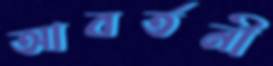
আবর্তনী